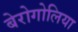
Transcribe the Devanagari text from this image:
बेरोगोलिया